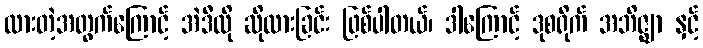
ထားတဲ့အတွက်ကြောင့် အဲဒီလို ဆိုထားခြင်း ဖြစ်ပါတယ်၊ ဒါကြောင့် ဒုစရိုက် အဘိဇ္ဈာ နှင့်